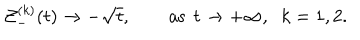
{ \cal Z } _ { - } ^ { ( k ) } ( t ) \to - \sqrt t , \qquad { \mathrm { a s } } \; \, t \to + \infty , \; \; k = 1 , 2 .